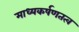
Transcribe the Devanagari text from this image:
माध्यकर्षणतत्व